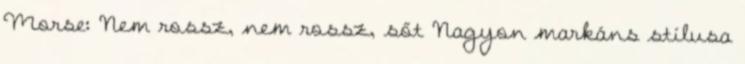
Morse: Nem rossz, nem rossz, sőt Nagyon markáns stílusa